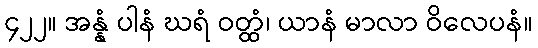
၄၂၂။ အန္နံ ပါနံ ဃရံ ဝတ္ထံ၊ ယာနံ မာလာ ဝိလေပနံ။